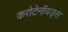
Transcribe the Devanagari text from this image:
करोटेनॉयड्स